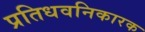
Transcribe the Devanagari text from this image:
प्रतिधवनिकारक